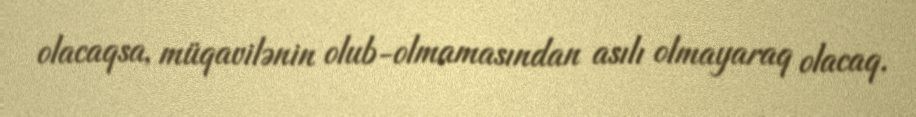
olacaqsa, müqavilənin olub-olmamasından asılı olmayaraq olacaq.